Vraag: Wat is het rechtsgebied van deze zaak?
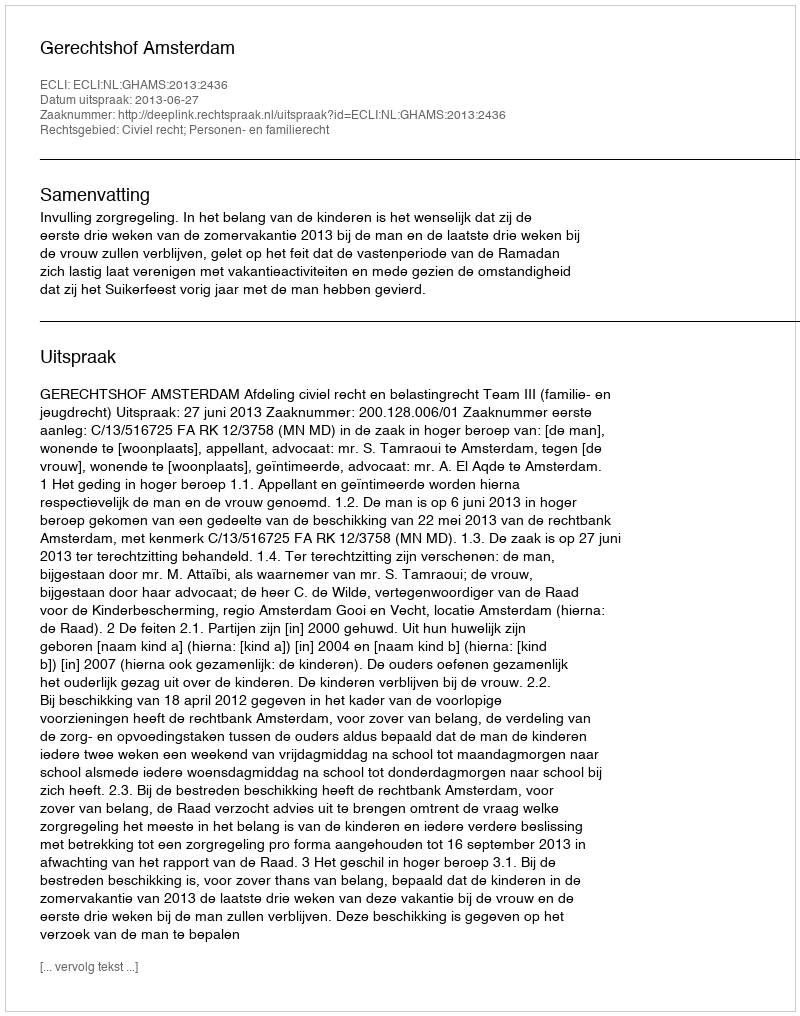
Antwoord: Civiel recht; Personen- en familierecht